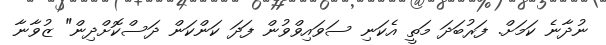
ނުދާނެ ކަމަށް. ފަރުބަދަ މަތީ އެކަނި ސަވައިވްވުން ފަދަ ކަންކަން ދަސްކޮށްދިން" ޒުވާނާ